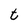
Character: t